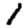
Digit: 1